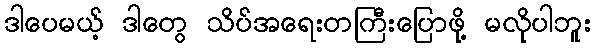
ဒါပေမယ့် ဒါတွေ သိပ်အရေးတကြီးပြောဖို့ မလိုပါဘူး